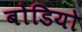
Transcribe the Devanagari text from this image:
बोडियो